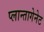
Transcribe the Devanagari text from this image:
प्लान्तागेनेट